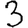
Digit: 3